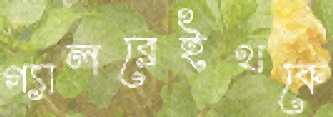
গ্যালব্রেইথকে